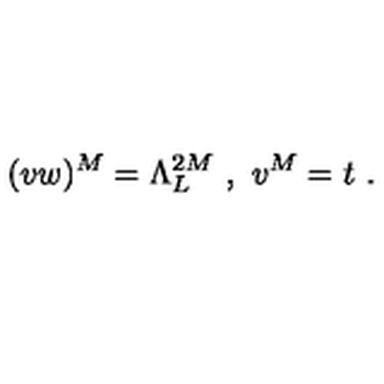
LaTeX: ( v w ) ^ { M } = \Lambda _ { L } ^ { 2 M } \ , \ v ^ { M } = t \ .